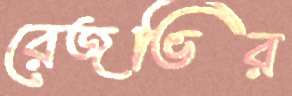
রেজভির